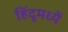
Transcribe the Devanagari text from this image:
हिंदूमध्यें